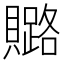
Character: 𧸚